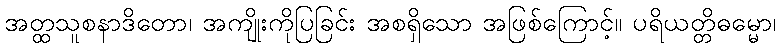
အတ္ထသူစနာဒိတော၊ အကျိုးကိုပြခြင်း အစရှိသော အဖြစ်ကြောင့်။ ပရိယတ္တိဓမ္မော၊